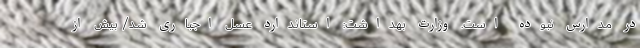
در مدارس نبوده است. وزارت بهداشت: استاندارد عسل اجباری شد/ بیش از